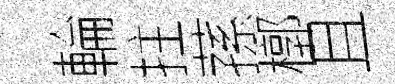
輪拄蓀槨且